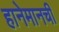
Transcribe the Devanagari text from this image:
हानेमानची